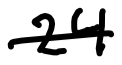
Text: 24
Cross-out: single-line
Writing tool: digital_black